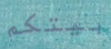
بيتكم